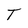
Character: T